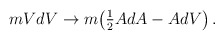
\begin{align*}mVdV \rightarrow m\bigl ( {\textstyle{{1\over 2}}} AdA - AdV\bigr )\, .\end{align*}